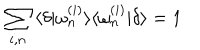
\sum _ { i , n } \: \langle \delta | \omega _ { n } ^ { ( i ) } \rangle \langle \omega _ { n } ^ { ( i ) } | \delta \rangle = 1